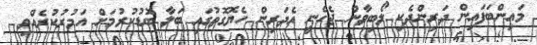
މައިންބަފައިން ދަރިންދެކި ލޯބިވާން ޖެހެނީ އެދަރިން ހެޔޮގޮތުގައި ބަލާ ބޮޑުކުރުމަށް އަމުރުކުރެއްވި